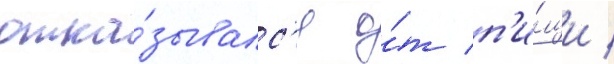
отка́зывалс'я о́т п'и́щи /